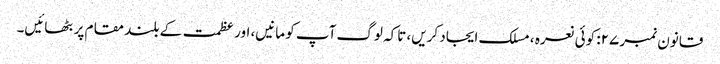
قانون نمبر ۲۷: کوئی نعرہ ، مسلک ایجاد کریں، تاکہ لوگ آپ کو مانیں، اور عظمت کے بلند مقام پر بٹھائیں۔